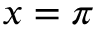
x = \pi